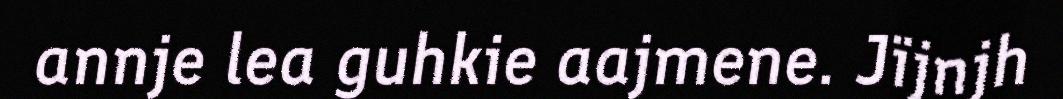
annje lea guhkie aajmene. Jïjnjh